Report on the working of the mental hospitals for Indians in Bihar and Orissa - 1925-1929
Year: 1925
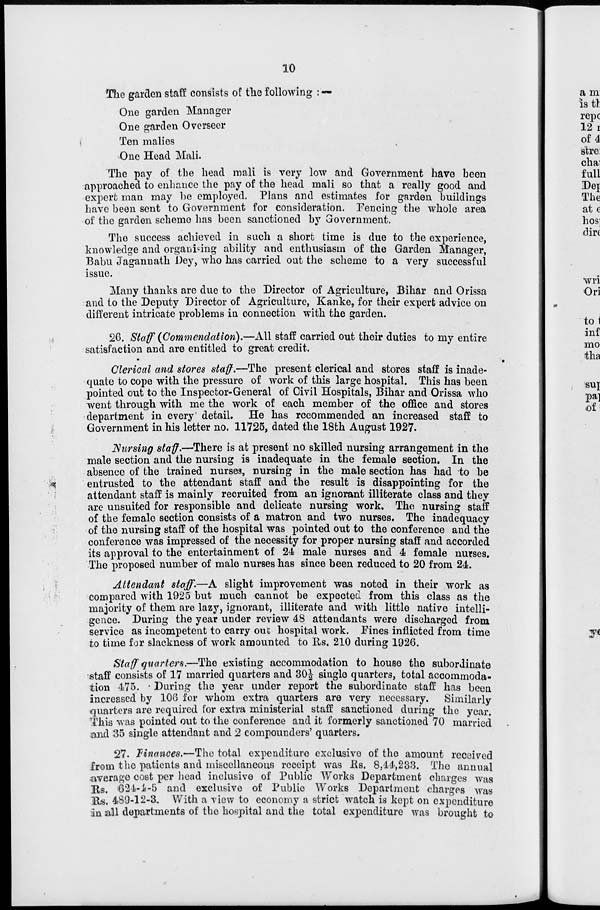
10
The garden staff consists of the following : —
One garden Manager
One garden Overseer
Ten malies
One Head Mali.
The pay of the head mali is very low and Government have been
approached to enhance the pay of the head mali so that a really good and
expert man may be employed. Plans and estimates for garden buildings
have been sent to Government for consideration. Fencing the whole area
of the garden scheme has been sanctioned by Government.
The success achieved in such a short time is due to the experience,
knowledge and organising ability and enthusiasm of the Garden Manager,
Babu Jagannath Dey, who has carried out the scheme to a very successful
issue.
Many thanks are due to the Director of Agriculture, Bihar and Orissa
and to the Deputy Director of Agriculture, Kanke, for their expert advice on
different intricate problems in connection with the garden.
26. Staff (Commendation).—All staff carried out their duties to my entire
satisfaction and are entitled to great credit.
Clerical and stores staff.—The present clerical and stores staff is inade-
quate to cope with the pressure of work of this large hospital. This has been
pointed out to the Inspector-General of Civil Hospitals, Bihar and Orissa who
went through with me the work of each member of the office and stores
department in every detail. He has recommended an increased staff to
Government in his letter no. 11725, dated the 18th August 1927.
Nursing staff.—There is at present no skilled nursing arrangement in the
male section and the nursing is inadequate in the female section. In the
absence of the trained nurses, nursing in the male section has had to be
entrusted to the attendant staff and the result is disappointing for the
attendant staff is mainly recruited from an ignorant illiterate class and they
are unsuited for responsible and delicate nursing work. The nursing staff
of the female section consists of a matron and two nurses. The inadequacy
of the nursing staff of the hospital was pointed out to the conference and the
conference was impressed of the necessity for proper nursing staff and accorded
its approval to the entertainment of 24 male nurses and 4 female nurses.
The proposed number of male nurses has since been reduced to 20 from 24.
Attendant staff.—A slight improvement was noted in their work as
compared with 1925 but much cannot be expected from this class as the
majority of them are lazy, ignorant, illiterate and with little native intelli-
gence. During the year under review 48 attendants were discharged from
service as incompetent to carry out hospital work. Fines inflicted from time
to time for slackness of work amounted to Rs. 210 during 1926.
Staff quarters.—The existing accommodation to house the subordinate
staff consists of 17 married quarters and 30½ single quarters, total accommoda-
tion 475. During the year under report the subordinate staff has been
increased by 106 for whom extra quarters are very necessary. Similarly
quarters are required for extra ministerial staff sanctioned during the year.
This was pointed out to the conference and it formerly sanctioned 70 married
and 35 single attendant and 2 compounders' quarters.
27. Finances.—The total expenditure exclusive of the amount received
from the patients and miscellaneous receipt was Rs. 8,44,233. The annual
average cost per head inclusive of Public Works Department charges was
Rs. 624-4-5 and exclusive of Public Works Department charges was
Rs. 489-12-3. With a view to economy a strict watch is kept on expenditure
in all departments of the hospital and the total expenditure was brought to